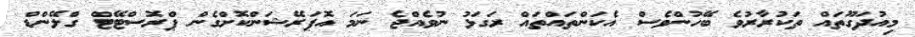
މިއުދަގޫތައް ތަކުރާރުވެ ބޭހުންވެސް އެކަންތައްތައް ރަގަޅު ނުވެއްޖެ ނަމަ އޮޕަރޭޝަންކޮށްގެން ޕްރޮސްޓޭޓް ގްލޭންޑް